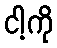
ငါ့ကို